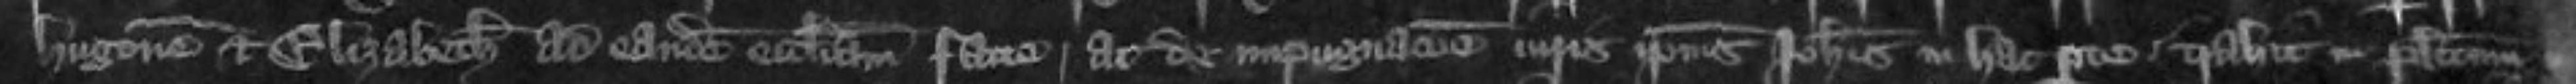
Hugonem et Elizabeth ad eandem ecclesiam facte ac de impugnatione iuris Johannis in hac parte trahit in placitum in